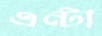
এন্টা